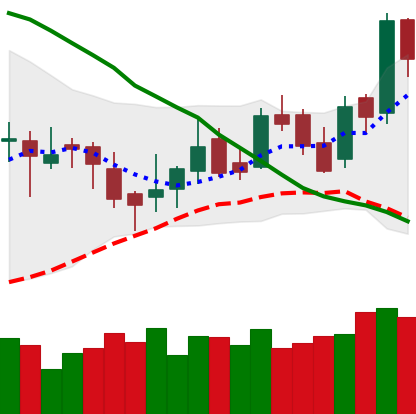
Ticker: LTC-USD
Chart end date: 2016-04-22
Forward return: 17.186%
Label: up_7plus